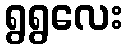
ရွရွလေး